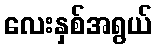
လေးနှစ်အရွယ်